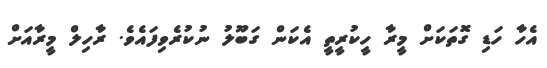
އެހާ ހަޑި ގޮތަކަށް މީރާ ހީކުރީތީ އެކަން ގަބޫލު ނުކުރެވިފައެވެ. ރާހިލް މީރާއަށް